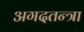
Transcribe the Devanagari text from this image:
अगदतन्त्रा